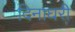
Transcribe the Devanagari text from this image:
दिनाघरी